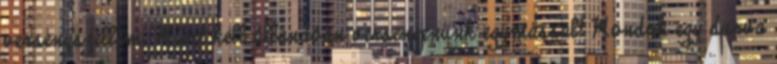
versenyszellem. Miért kell állandóan versengenünk egymással? Mondok egy durva